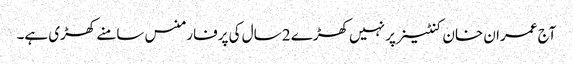
آج عمران خان کنٹینر پر نہیں کھڑے 2 سال کی پرفارمنس سامنے کھڑی ہے۔